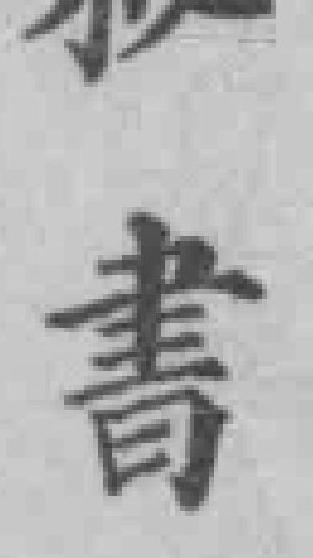
書